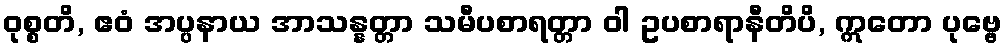
ဝုစ္စတိ, ဧဝံ အပ္ပနာယ အာသန္နတ္တာ သမီပစာရတ္တာ ဝါ ဥပစာရာနီတိပိ, ဣတော ပုဗ္ဗေ